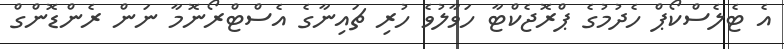
އެ ޓެލެސްކޯޕް ހެދުމުގެ ޕްރޮޖެކްޓާ ހަވާލުވެ ހުރި ޗައިނާގެ އެސްޓްރޯނޮމާ ނަން ރެންޑޮންގް